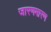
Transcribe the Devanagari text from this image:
जारणमारण